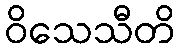
ဝိသေသီတိ